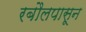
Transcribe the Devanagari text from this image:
रबौलपासून